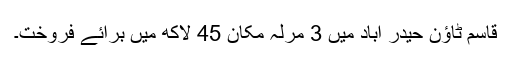
قاسم ٹاؤن حیدر آباد میں 3 مرلہ مکان 45 لاکھ میں برائے فروخت۔